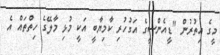
މީގެ އިތުރުން "ޑީއެންސީގެ އަގުހުރި ކާމިޔާބީ އަކީ މުޅި މާލޭގެ ހިތްތައް އެ